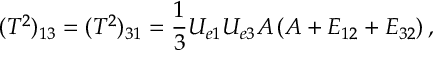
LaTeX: ( T ^ { 2 } ) _ { 1 3 } = ( T ^ { 2 } ) _ { 3 1 } = \frac { 1 } { 3 } U _ { e 1 } U _ { e 3 } A \left( A + E _ { 1 2 } + E _ { 3 2 } \right) ,